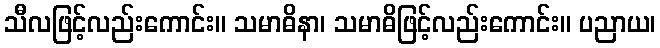
သီလဖြင့်လည်းကောင်း။ သမာဓိနာ၊ သမာဓိဖြင့်လည်းကောင်း။ ပညာယ၊